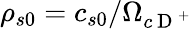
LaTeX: \rho_{s0}=c_{s0}/\Omega_{c\mathrm{~D~}^{+}}